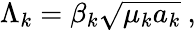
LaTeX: \Lambda_{k}=\beta_{k}\sqrt{\mu_{k}a_{k}}\ ,